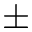
\pm